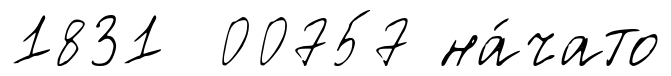
1831 00757 на́чато